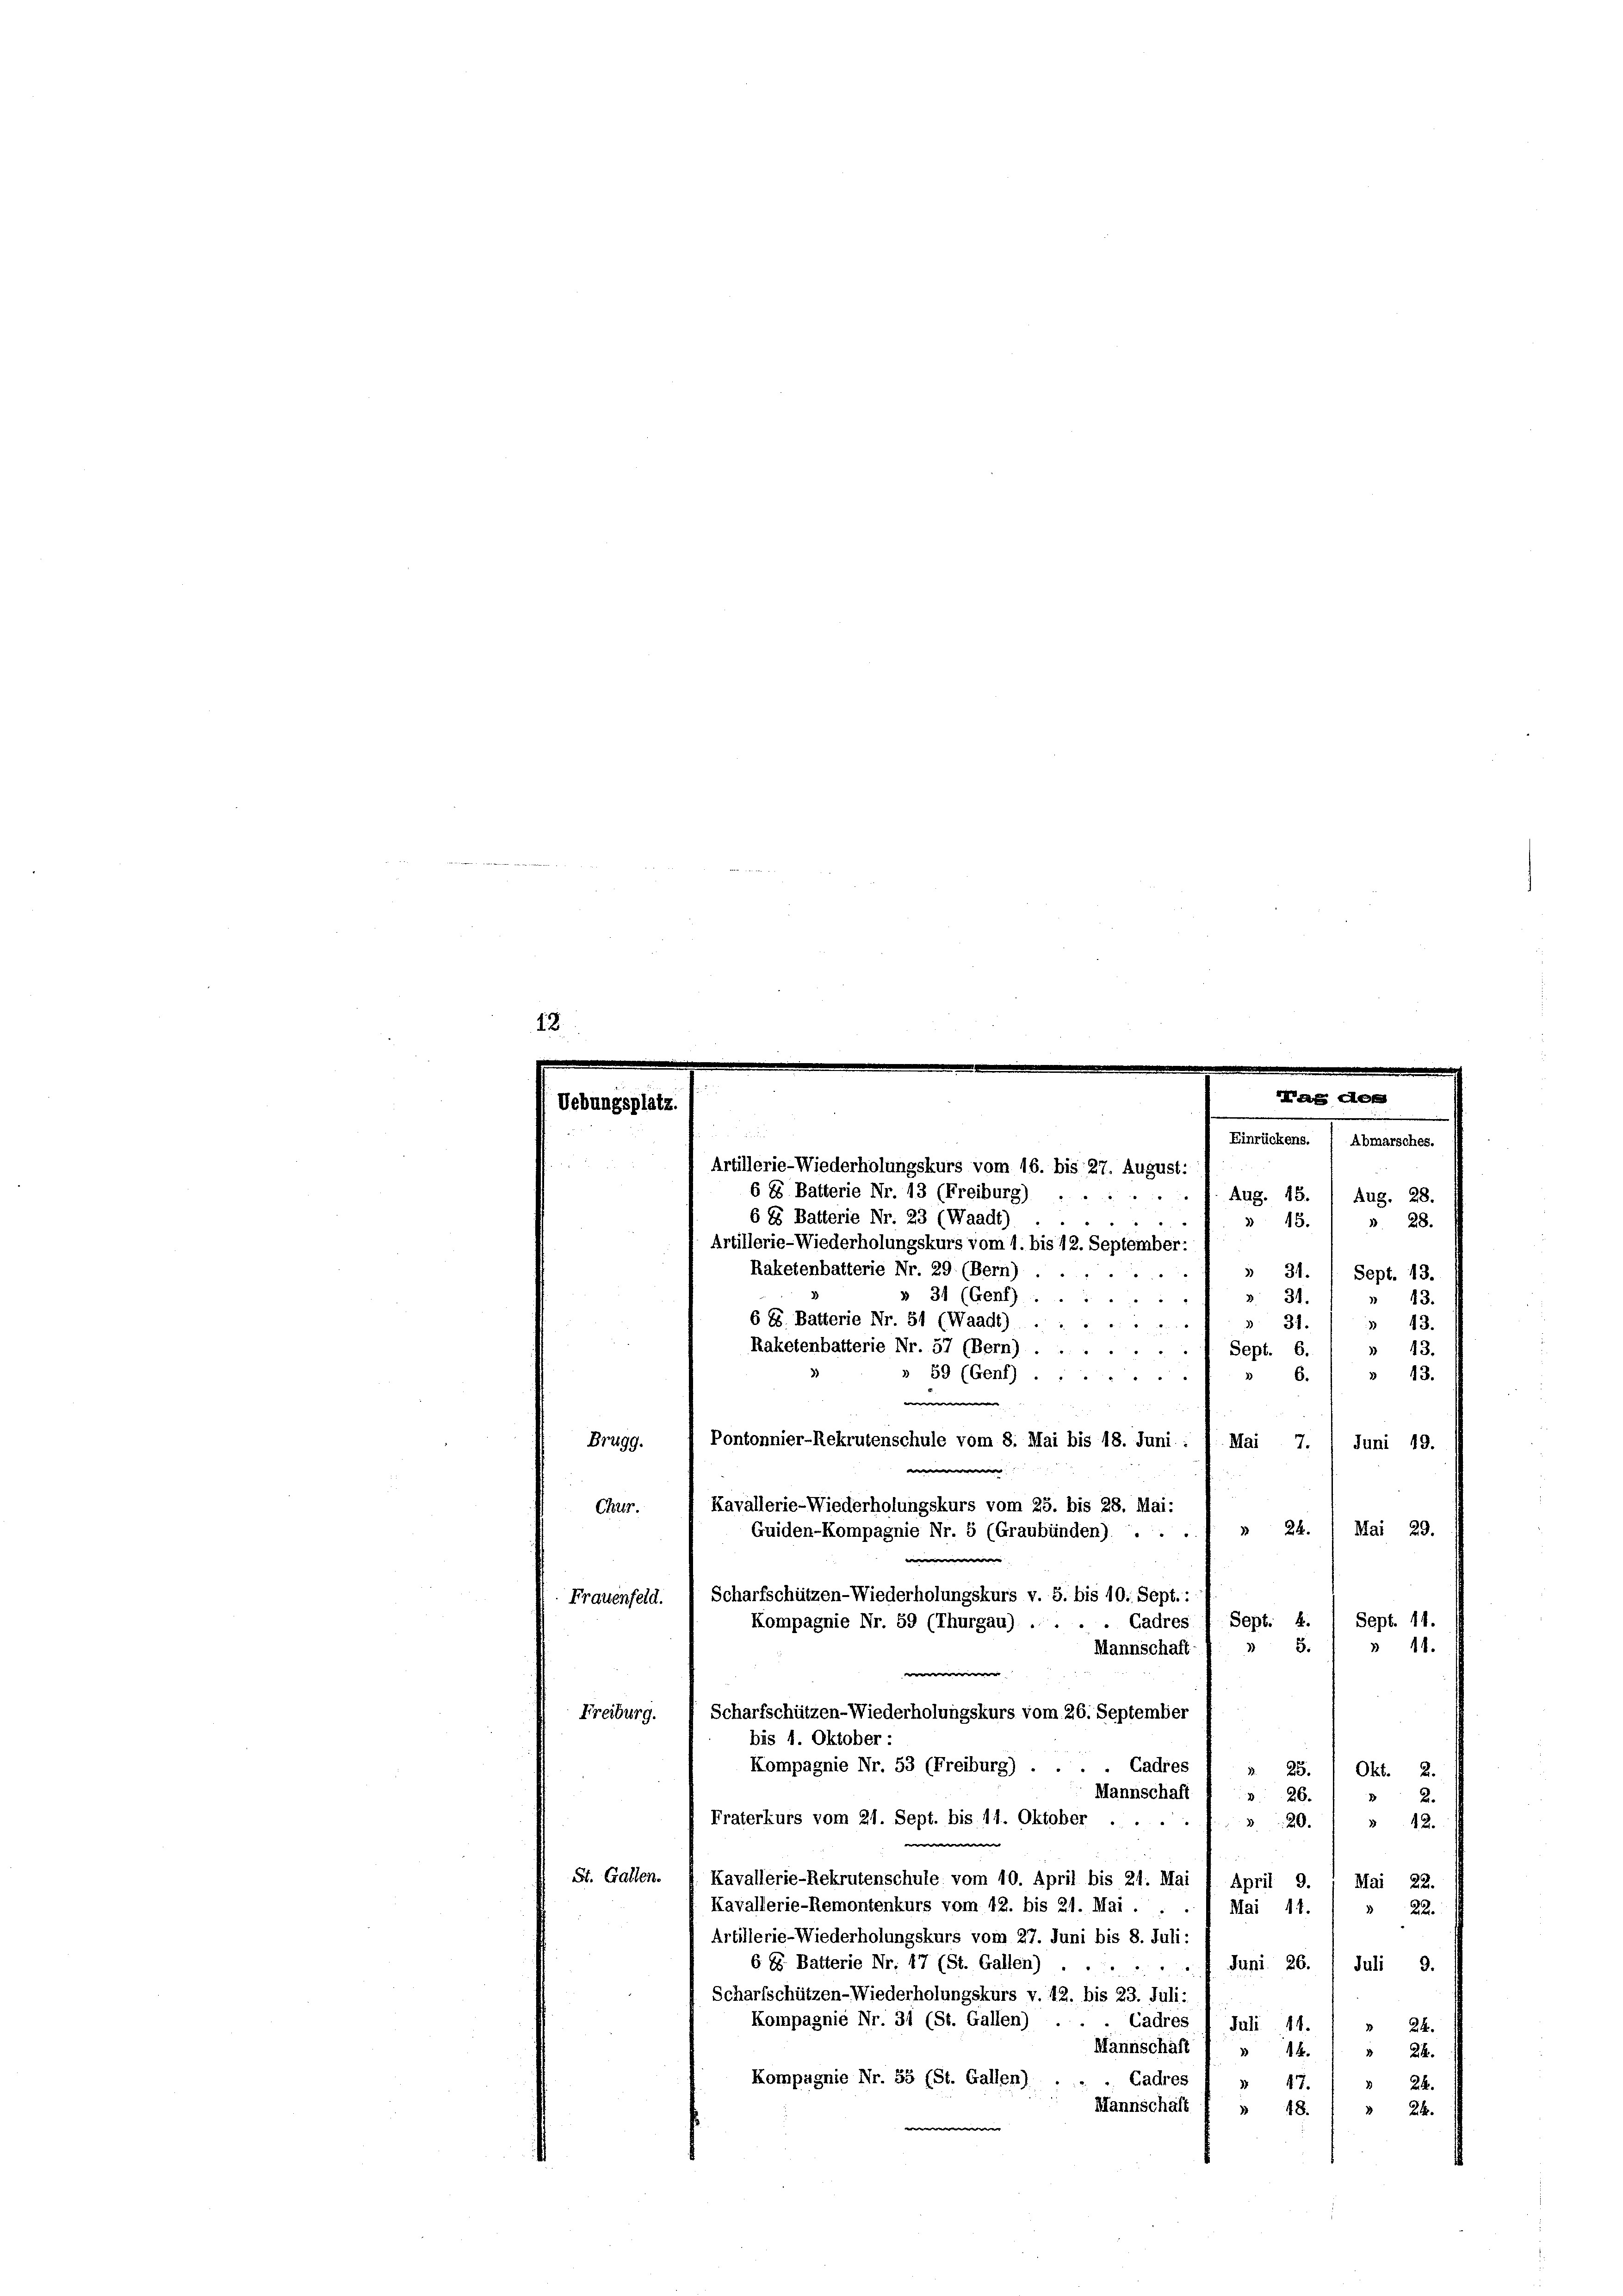
12

Uebungsplätz

Artillerie-Wiederholungskurs vom 16. bis 27. August:
6 8 Batterie Nr. 13 (Freiburg)
. f. Aug. 13. / Aug. 28.
6 85 Batterie Nr. 23 (Waadt)
44:
3 13.
 28.
Artillerie-Wiederholungskurs vom 1. bis 12. September:
Raketenbatterie Nr. 29 (Bern)
531.
“
Sept. 13.
» 34 (Genf) :
3. 31.
"
 43.
6 88. Batterie Nr. 51 (Waadt)
43. 31.
3 43.
3 43.
Raketenbatterie Nr. 57 (Bern).1 Sept. 6.
» 43.
» 59 (Genf) .....
3)
6.
.Mai 7.
Pontonnier-Rekrutenschule vom 8. Mai bis 18. Juni
Brugg.
Juni 19.
e
Kavallerie-Wiederholungskurs vom 25. bis 28. Mai:
Chur.
24.
Mai 29.
Guiden-Kompagnie Nr. 5 (Graubünden) ..
e
Sept. 11.
Sept: 4.
Cadres
Kompagnie Nr. 59 (Thurgau) ...
35.
 44.
Mannschaft
e
Scharfschützen-Wiederholungskurs vom 26. September
Freiburg.
bis 1. Oktober :
Kompagnie Nr. 53 (Freiburg) . . . . Cadres
3.
25.
Okt. 2.
Mannschaft (» 26. / » 2.
Fraterkurs vom 21. Sept. bis 11. Oktober . .
20.
12.
w
St. Gallen.
Kavallerie-Rekrutenschule vom 10. April bis 24. Mai 1 April 9. . Mai 22.
Kavallerie-Remontenkurs vom 12. bis 21. Mai . .
Mai 11. ( " 22.
Artillerie-Wiederholungskurs vom 27. Juni bis 8. Juli:
6 85 Batterie Nr. 417 (St. Gallen) . .
4 Juni 26. 1 Juli 9.
Scharfschützen-Wiederholungskurs v. 12. bis 23. Juli:
Kompagnie Nr. 31 (St. Gallen)
Cadres 1 Juli 14.
3
24.
Mannschaft ( » 14. 1
24.
Kompagnie Nr. 55 (St. Gallen)
Cadres ) » 47.
24.
Mannschaft f » 18.
 24.

Frauenfeld. 1 Scharfschützen-Wiederholungskurs v. 8. bis 10. Sept. :

Mag des
Einrückens. ( Abmarsches.